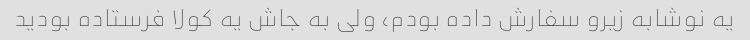
یه نوشابه زیرو سفارش داده بودم، ولی به جاش یه کولا فرستاده بودید